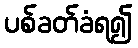
ပစ်ခတ်ခံရ၍